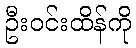
ဦးဝင်းထိန်ကို